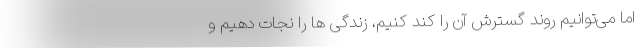
اما می‌توانیم روند گسترش آن را کُند کنیم، زندگی ها را نجات دهیم و